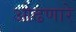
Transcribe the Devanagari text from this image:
ओढणारे